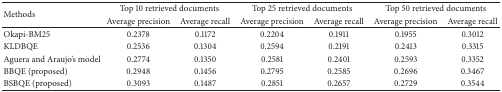
<table><thead><tr><td rowspan="2"><b>Methods</b></td><td colspan="2"><b>Top 10 retrieved documents</b></td><td colspan="2"><b>Top 25 retrieved documents</b></td><td colspan="2"><b>Top 50 retrieved documents</b></td></tr><tr><td><b>Average precision</b></td><td><b>Average recall</b></td><td><b>Average precision</b></td><td><b>Average recall</b></td><td><b>Average precision</b></td><td><b>Average recall</b></td></tr></thead><tbody><tr><td>Okapi-BM25 </td><td>0.2378</td><td>0.1172</td><td>0.2204</td><td>0.1911</td><td>0.1955</td><td>0.3012</td></tr><tr><td>KLDBQE </td><td>0.2536</td><td>0.1304</td><td>0.2594</td><td>0.2191</td><td>0.2413</td><td>0.3315</td></tr><tr><td>Aguera and Araujo&#x27;s model</td><td>0.2774</td><td>0.1350</td><td>0.2581</td><td>0.2401</td><td>0.2593</td><td>0.3352</td></tr><tr><td>BBQE (proposed)</td><td>0.2948</td><td>0.1456</td><td>0.2795</td><td>0.2585</td><td>0.2696</td><td>0.3467</td></tr><tr><td>BSBQE (proposed)</td><td>0.3093</td><td>0.1487</td><td>0.2851</td><td>0.2657</td><td>0.2729</td><td>0.3544</td></tr></tbody></table>